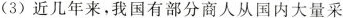
(3) 近几年来，我国有部分商人从国内大量采